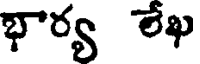
భార్య లేఖ